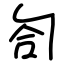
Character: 匌